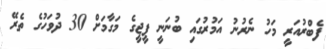
ފެބްރުއަރީ މަހު ނެރުނު އަމުރުގައި ބުނަނީ ޕީޖީގެ މަގާމަށް 30 ދުވަހުގެ ތެރޭ